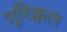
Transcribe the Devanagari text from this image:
गुरिक्कल